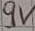
Text: 9V